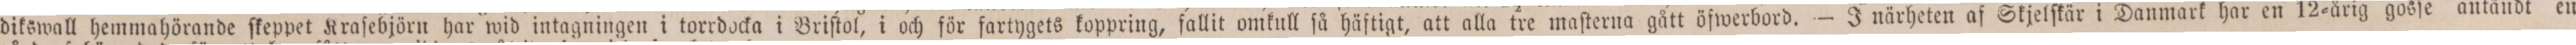
dikswall hemmahörande ſkeppet Kraſebjörn har wid intagningen i torrdocka i Briſtol, i och för fartygets koppring, fallit omkull ſå häftigt, att alla tre maſterna gått öfwerbord. — J närheten af Skjelſkär i Danmark har en 12=årig gosſe antändt en